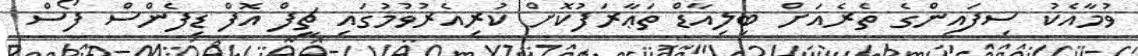
ވުމާއެކު ސިފައިންގެ ތެރެއަށް ބިލިއާޑް ތަޢާރަފުކޮށް ކުރިއެރުވުމުގައި ޗީފް އޮފް ޑިފެންސް ފޯސް